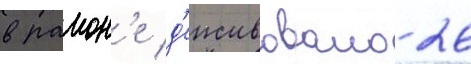
в раион'е д'еиствовало 26